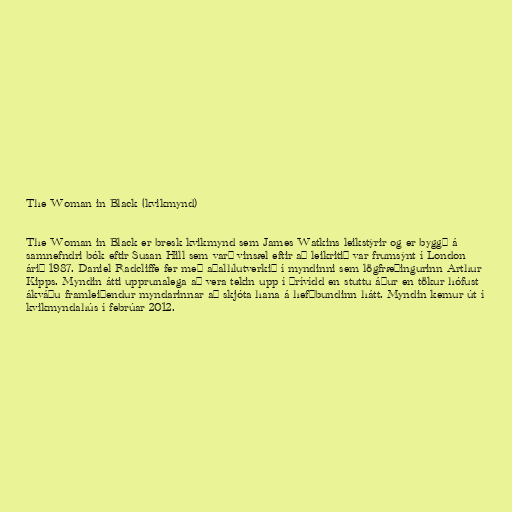
The Woman in Black (kvikmynd)

The Woman in Black er bresk kvikmynd sem James Watkins leikstýrir og er byggð á
samnefndri bók eftir Susan Hill sem varð vinsæl eftir að leikritið var frumsýnt í London
árið 1987. Daniel Radcliffe fer með aðalhlutverkið í myndinni sem lögfræðingurinn Arthur
Kipps. Myndin átti upprunalega að vera tekin upp í þrívídd en stuttu áður en tökur hófust
ákváðu framleiðendur myndarinnar að skjóta hana á hefðbundinn hátt. Myndin kemur út í
kvikmyndahús í febrúar 2012.